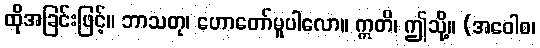
ထိုအခြင်းဖြင့်။ ဘာသတု၊ ဟောတော်မူပါလော။ ဣတိ၊ ဤသို့။ (အဝေါစ၊